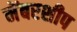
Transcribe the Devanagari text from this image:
मेंबरशीप